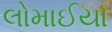
લોમાઈયા